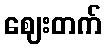
ဈေးတက်